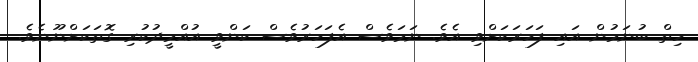
ހިތް ބުނަމުން އައި ފަހަރަކަށްވި އެވެ. ނަމަވެސް އެފަހަރުވެސް ކަންވީ އުއްމީދުކުރި ގޮތަކަށްނޫނެވެ.